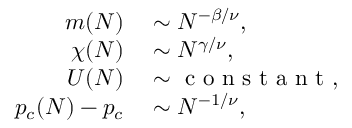
\begin{array} { r l } { m ( N ) } & { { } \sim N ^ { - \beta / \nu } , } \\ { \chi ( N ) } & { { } \sim N ^ { \gamma / \nu } , } \\ { U ( N ) } & { { } \sim \mathrm { ~ c ~ o ~ n ~ s ~ t ~ a ~ n ~ t ~ } , } \\ { p _ { c } ( N ) - p _ { c } } & { { } \sim N ^ { - 1 / \nu } , } \end{array}